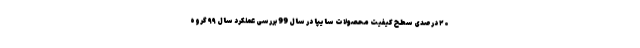
۲۰ درصدی سطح كيفیت محصولات سايپا در سال 99 بررسی عملكرد سال ۹۹ گروه